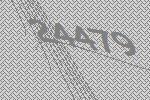
24479